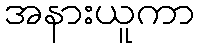
အနားယူကာ